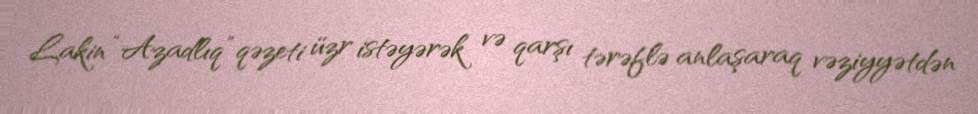
Lakin “Azadlıq” qəzeti üzr istəyərək və qarşı tərəflə anlaşaraq vəziyyətdən